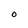
Character: o